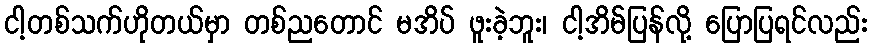
ငါ့တစ်သက်ဟိုတယ်မှာ တစ်ညတောင် မအိပ် ဖူးခဲ့ဘူး၊ ငါ့အိမ်ပြန်လို့ ပြောပြရင်လည်း